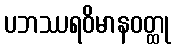
ပဘဿရဝိမာနဝတ္ထု